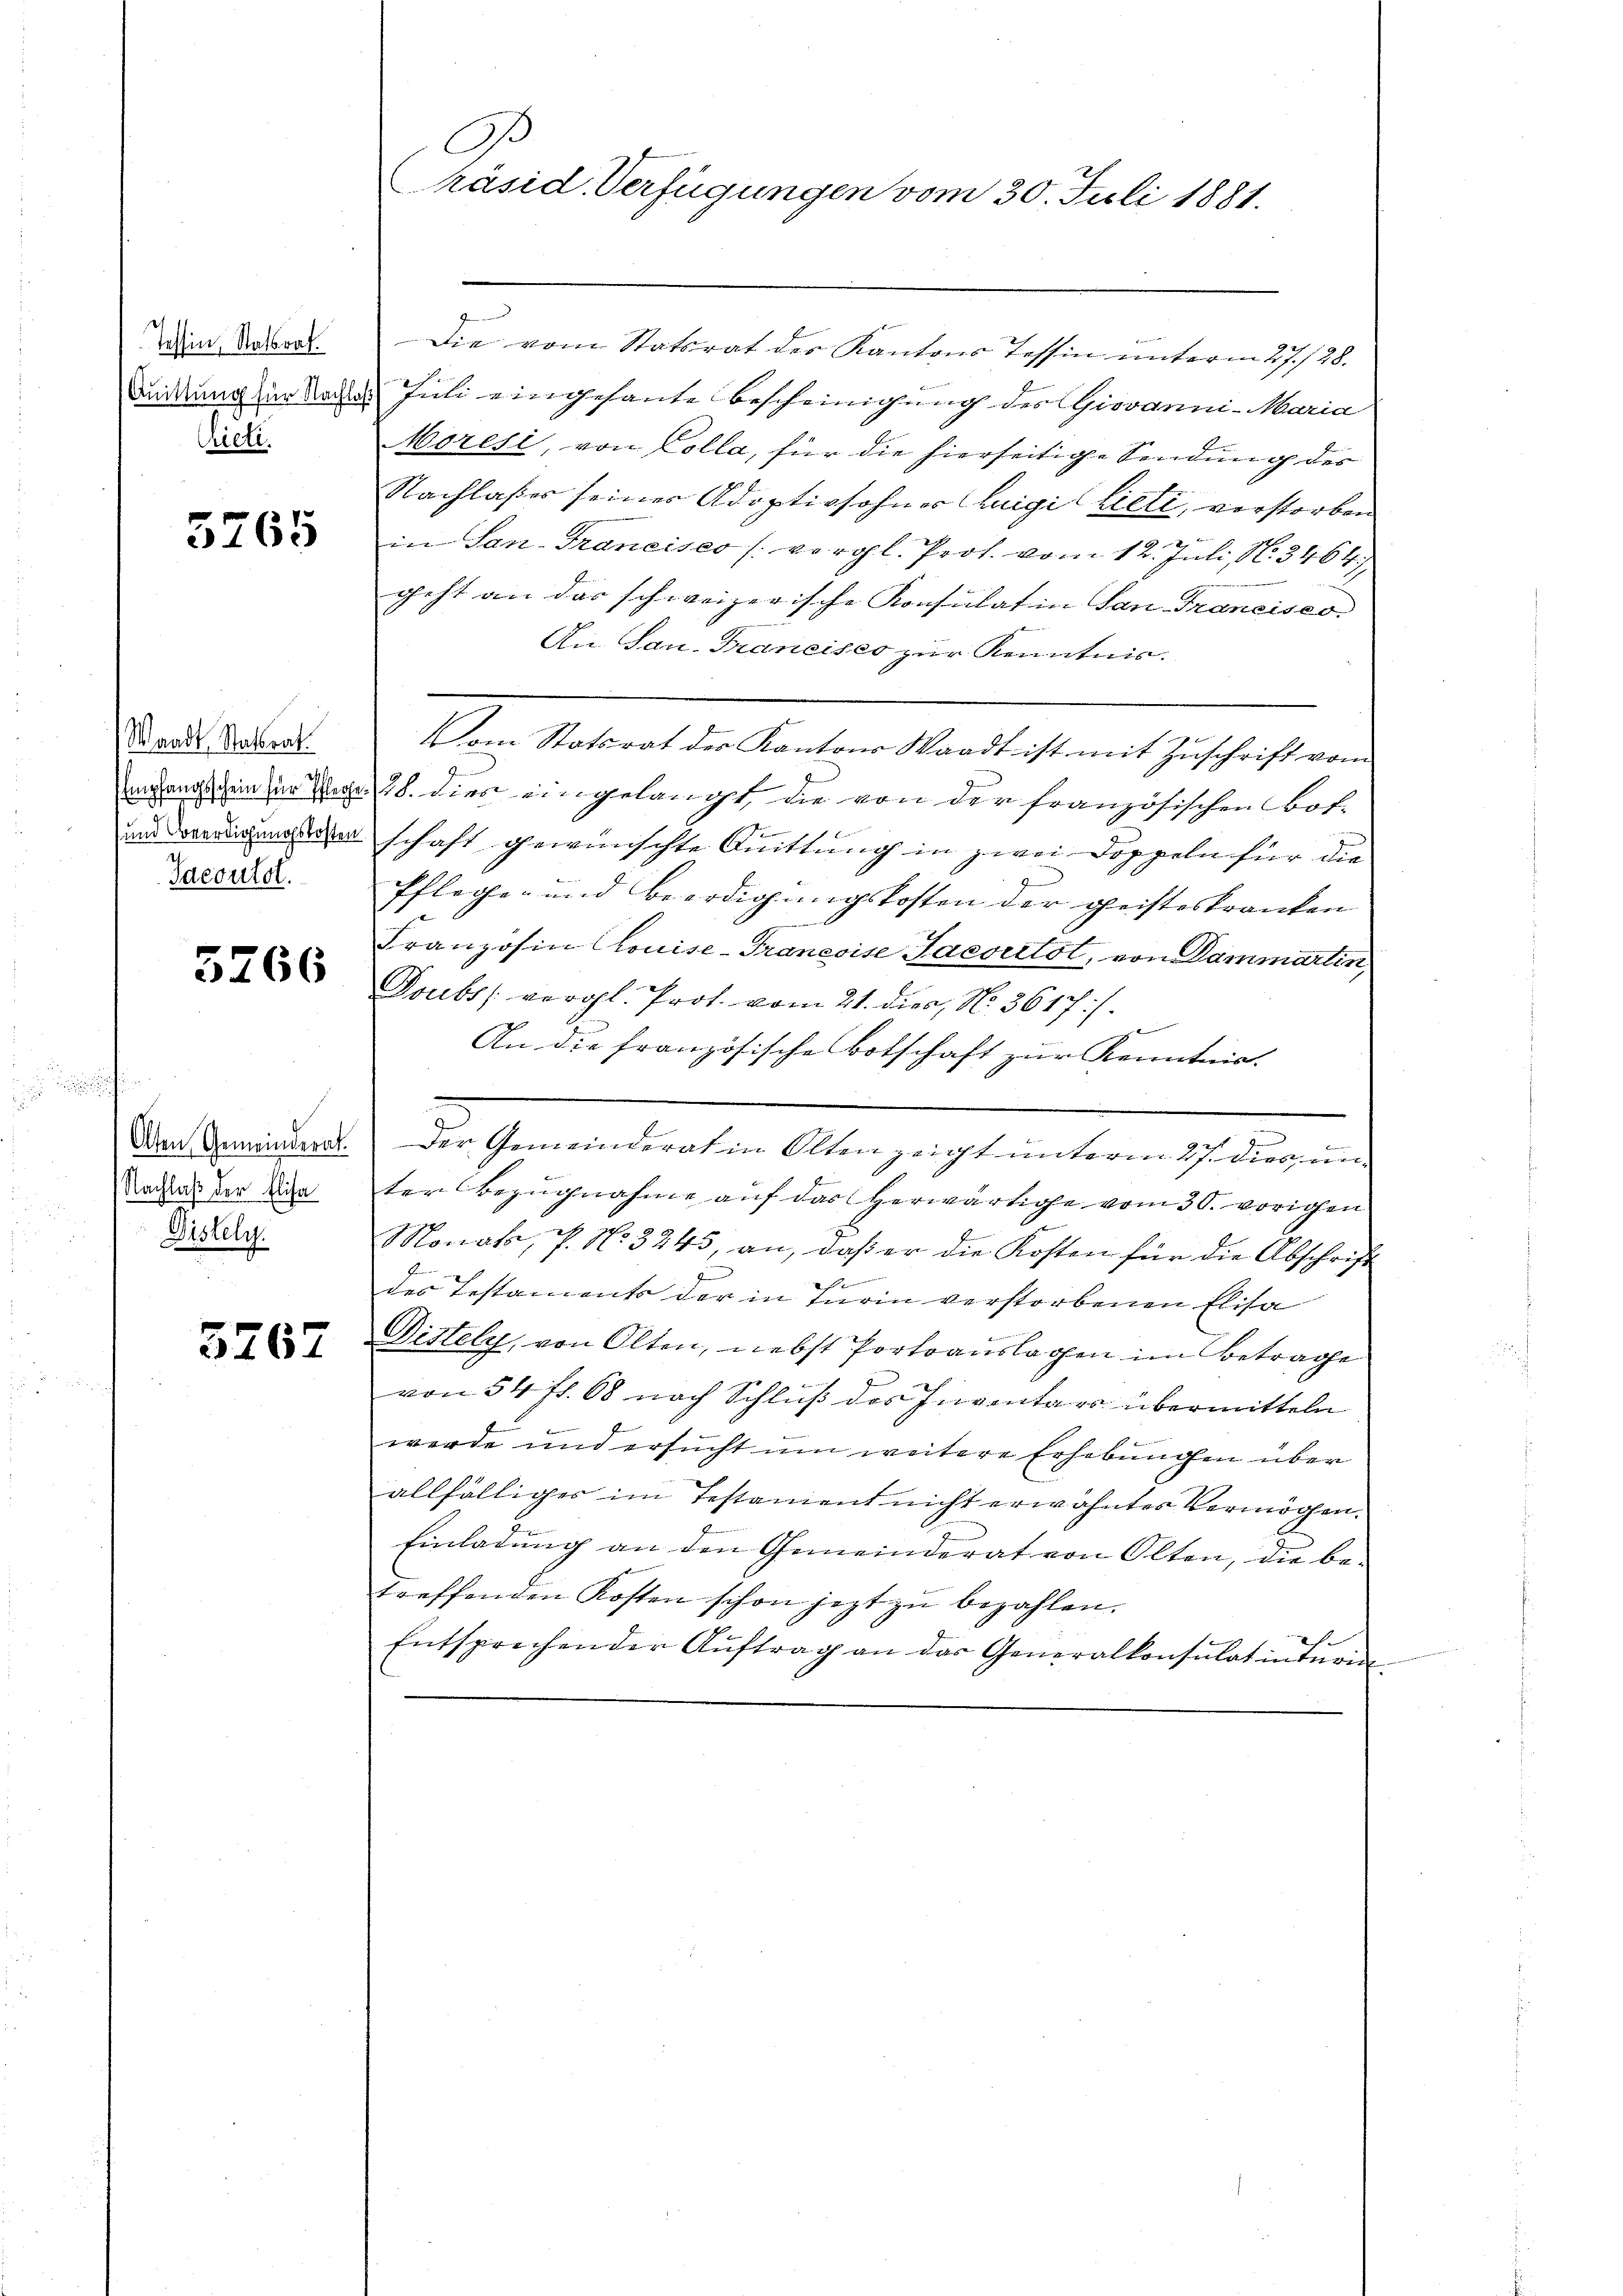
Tessin, Statsrat.
Quittung für Nachla
Cieli.

5765

Waadt, Statsrat.
Empfangsschein für Pflege.
und Verdigungskosten
Sdcontol.

5266

i
Olten Gemeinderat.
Nachlaß der Elisa
Disely.

3267

B
räsid. Verfügungen vom 30. Juli 1881.

g
Die vom Statsrat des Kantons Tessin unterm 27. 128.
Juli eingesante Bescheinigung des Giovanni-Maria
Moresi, von Colla, für die hierseitige Sendung des
Nachlasses seiner Adoptivsohner Chaigi (Lieli, verstorben
in San-Trancisco (vergl. Prot. vom 12. Juli, N. 34647,
geht an das schweizerische Konsulatin San Francisco
An San-Traneises zur Kenntnis.
Vom Statsrat der Kantons Waadt ist mit Zuschrift vom
28. dies eingelangt, die von der französischen Bot-
schaft gewünschte Quittung in zwei Doppeln für die
Pflege und Beerdigungskosten der geisteskranken
Franzosen Louise-Traneoise Sacourtot, von Dammartin,
Doubs vergl. Prof. vom 21. dies, No. 3617/

An die französische Botschaft zur Kenntnis.
Der Gemeinderat in Olten zeigt unterm 27. dies, unter Bezugnahme auf das herwärtige vom 30. vorigen
Monat, P. Nr. 3245, an, daß er die Kosten für die Abschrift
f
des Testaments der in Turin verstorbenen Elisa
Disely, von Olten, nebst fortoauslagen im Betrage
von 54 ff. 68 nach Schluß des Inventars übermitteln
werde und ersucht um weitere Erhebungen über
allfälliger im Testament nicht erwähntes Vermögen.
Einladŭng an den Gemeinderat von Olten, die be-
treffenden Kosten schon jezt zu bezahlen.
.
Entsprechen der Aŭftrag an der Generalkonsulatintŭrm